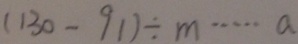
( 1 3 0 - 9 1 ) \div m \cdots a